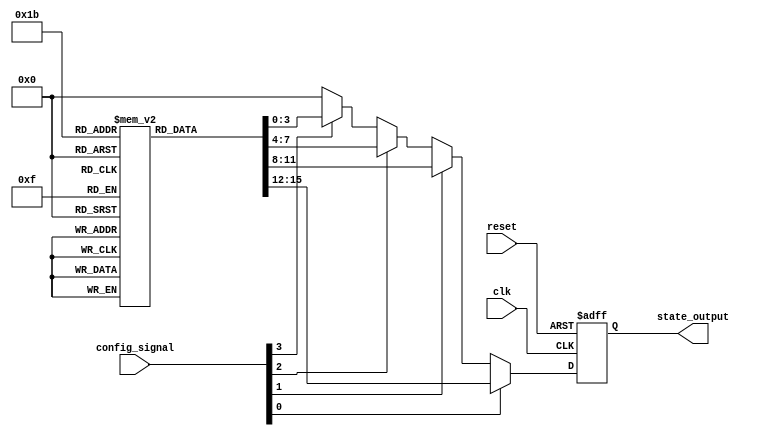
module ConfigurableInitConditions #(
    parameter NUM_STATES = 4,        // Number of predefined states
    parameter STATE_WIDTH = 4         // Width of each state
)(
    input wire [NUM_STATES-1:0] config_signal,  // Configuration signal to select initial condition
    input wire reset,                          // Active-high reset signal
    input wire clk,                            // Clock signal
    output reg [STATE_WIDTH-1:0] state_output // Output representing the current state
);
    
    // Predefined initial conditions
    reg [STATE_WIDTH-1:0] initial_conditions [0:NUM_STATES-1];
    
    // Default state definition (could be modified as needed)
    localparam DEFAULT_STATE = 4'b0000;

    // Initialize initial conditions in an 'initial' block for simulation purposes
    initial begin
        initial_conditions[0] = 4'b0001; // State 0
        initial_conditions[1] = 4'b0010; // State 1
        initial_conditions[2] = 4'b0100; // State 2
        initial_conditions[3] = 4'b1000; // State 3
    end

    // Always block to handle reset and clock
    always @(posedge clk or posedge reset) begin
        if (reset) begin
            // Load default state on reset
            state_output <= DEFAULT_STATE;
        end else begin
            // Update state output based on configuration signal
            case (1'b1) // Find the first bit set in config_signal
                config_signal[0]: state_output <= initial_conditions[0];
                config_signal[1]: state_output <= initial_conditions[1];
                config_signal[2]: state_output <= initial_conditions[2];
                config_signal[3]: state_output <= initial_conditions[3];
                default: state_output <= DEFAULT_STATE; // Fallback to default state if no signal is active
            endcase
        end
    end

endmodule